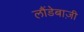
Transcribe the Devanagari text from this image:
लौंडेबाज़ी